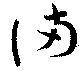
満